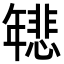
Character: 𫷞